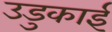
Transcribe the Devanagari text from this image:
उडुकाई